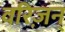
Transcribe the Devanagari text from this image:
वरिज़न्